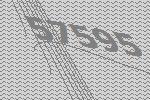
57595